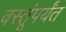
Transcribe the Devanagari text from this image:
वस्तूंपर्यंत